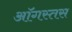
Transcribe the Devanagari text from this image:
ऑगस्तस